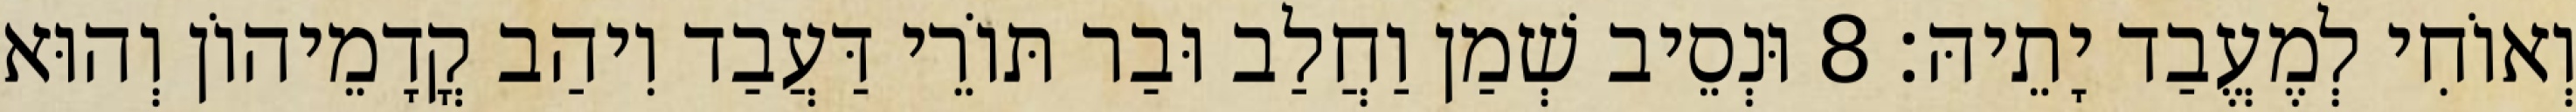
וְאוֹחִי לְמֶעֱבַד יָתֵיהּ׃ 8 וּנְסֵיב שְׁמַן וַחֲלַב וּבַר תּוֹרֵי דַּעֲבַד וִיהַב קֳדָמֵיהוֹן וְהוּא